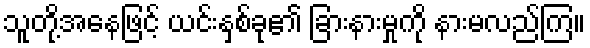
သူတို့အနေဖြင့် ယင်းနှစ်ခု၏ ခြားနားမှုကို နားမလည်ကြ။